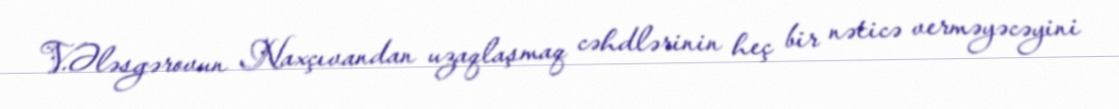
V.Ələsgərovun Naxçıvandan uzaqlaşmaq cəhdlərinin heç bir nəticə verməyəcəyini